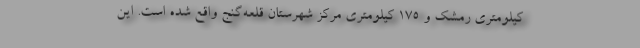
کیلومتری رمشک و ۱۷۵ کیلومتری مرکز شهرستان قلعه‌گنج واقع شده است. این